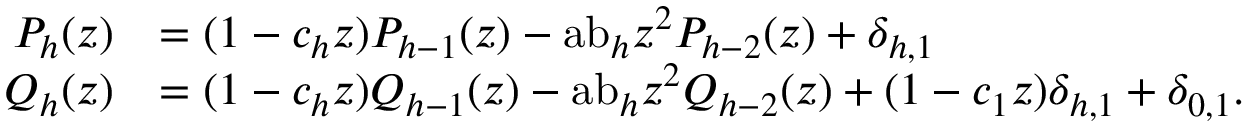
{ \begin{array} { r l } { P _ { h } ( z ) } & { = ( 1 - c _ { h } z ) P _ { h - 1 } ( z ) - { \mathrm { a b } } _ { h } z ^ { 2 } P _ { h - 2 } ( z ) + \delta _ { h , 1 } } \\ { Q _ { h } ( z ) } & { = ( 1 - c _ { h } z ) Q _ { h - 1 } ( z ) - { \mathrm { a b } } _ { h } z ^ { 2 } Q _ { h - 2 } ( z ) + ( 1 - c _ { 1 } z ) \delta _ { h , 1 } + \delta _ { 0 , 1 } . } \end{array} }